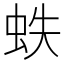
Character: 蛈